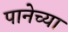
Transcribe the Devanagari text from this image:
पानेच्या